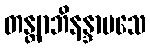
တန္တျာဘိနန္ဒာမသေ